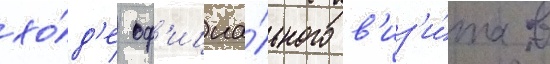
хо́д'е оф'ициа́льного в'из'и́та в